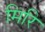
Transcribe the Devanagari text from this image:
मिरि